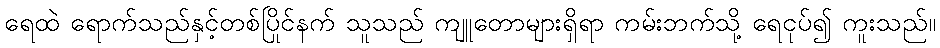
ရေထဲ ရောက်သည်နှင့်တစ်ပြိုင်နက် သူသည် ကျူတောများရှိရာ ကမ်းဘက်သို့ ရေငုပ်၍ ကူးသည်။